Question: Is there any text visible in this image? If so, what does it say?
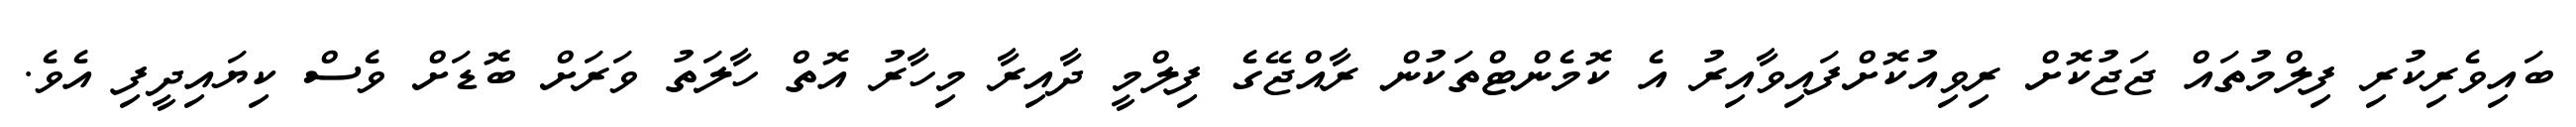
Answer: ބައިވެރިކުރި ފިލްމުތައް ޖަޖުކޮށް ރިވިއުކޮށްފައިވާއިރު އެ ކޮމެންޓްތަކުން ރާއްޖޭގެ ފިލްމީ ދާއިރާ މިހާރު އޮތް ހާލަތު ވަރަށް ބޮޑަށް ވެސް ކިޔައިދީފި އެވެ.